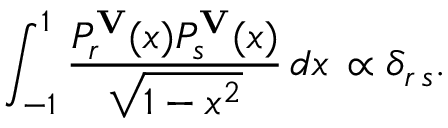
\int _ { - 1 } ^ { 1 } { \frac { P _ { r } ^ { \bf V } ( x ) P _ { s } ^ { \bf V } ( x ) } { \sqrt { 1 - x ^ { 2 } } } } \, d x \, \propto \delta _ { r \, s } .